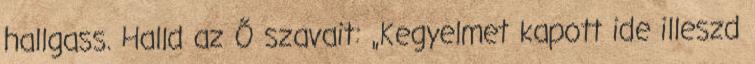
hallgass. Halld az Ő szavait: „Kegyelmet kapott ide illeszd